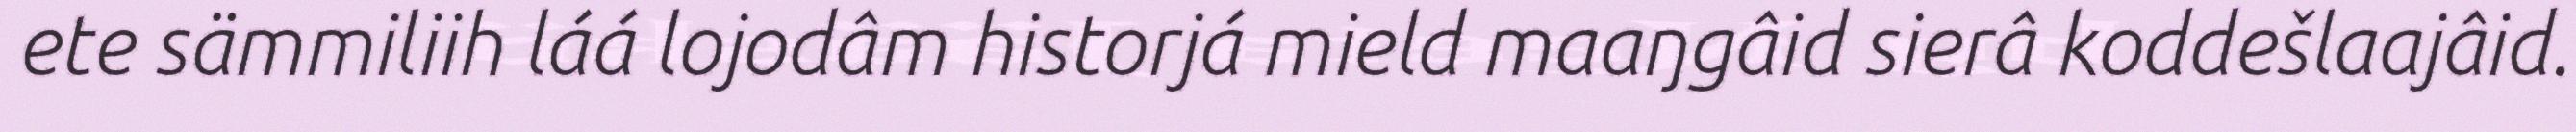
ete sämmiliih láá lojodâm historjá mield maaŋgâid sierâ koddešlaajâid.